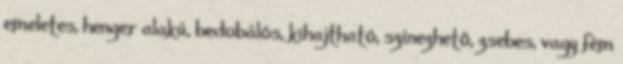
emeletes, henger alakú, bedobálós, kihajtható, színezhető, zsebes, vagy fém